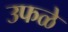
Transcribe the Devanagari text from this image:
उफळे